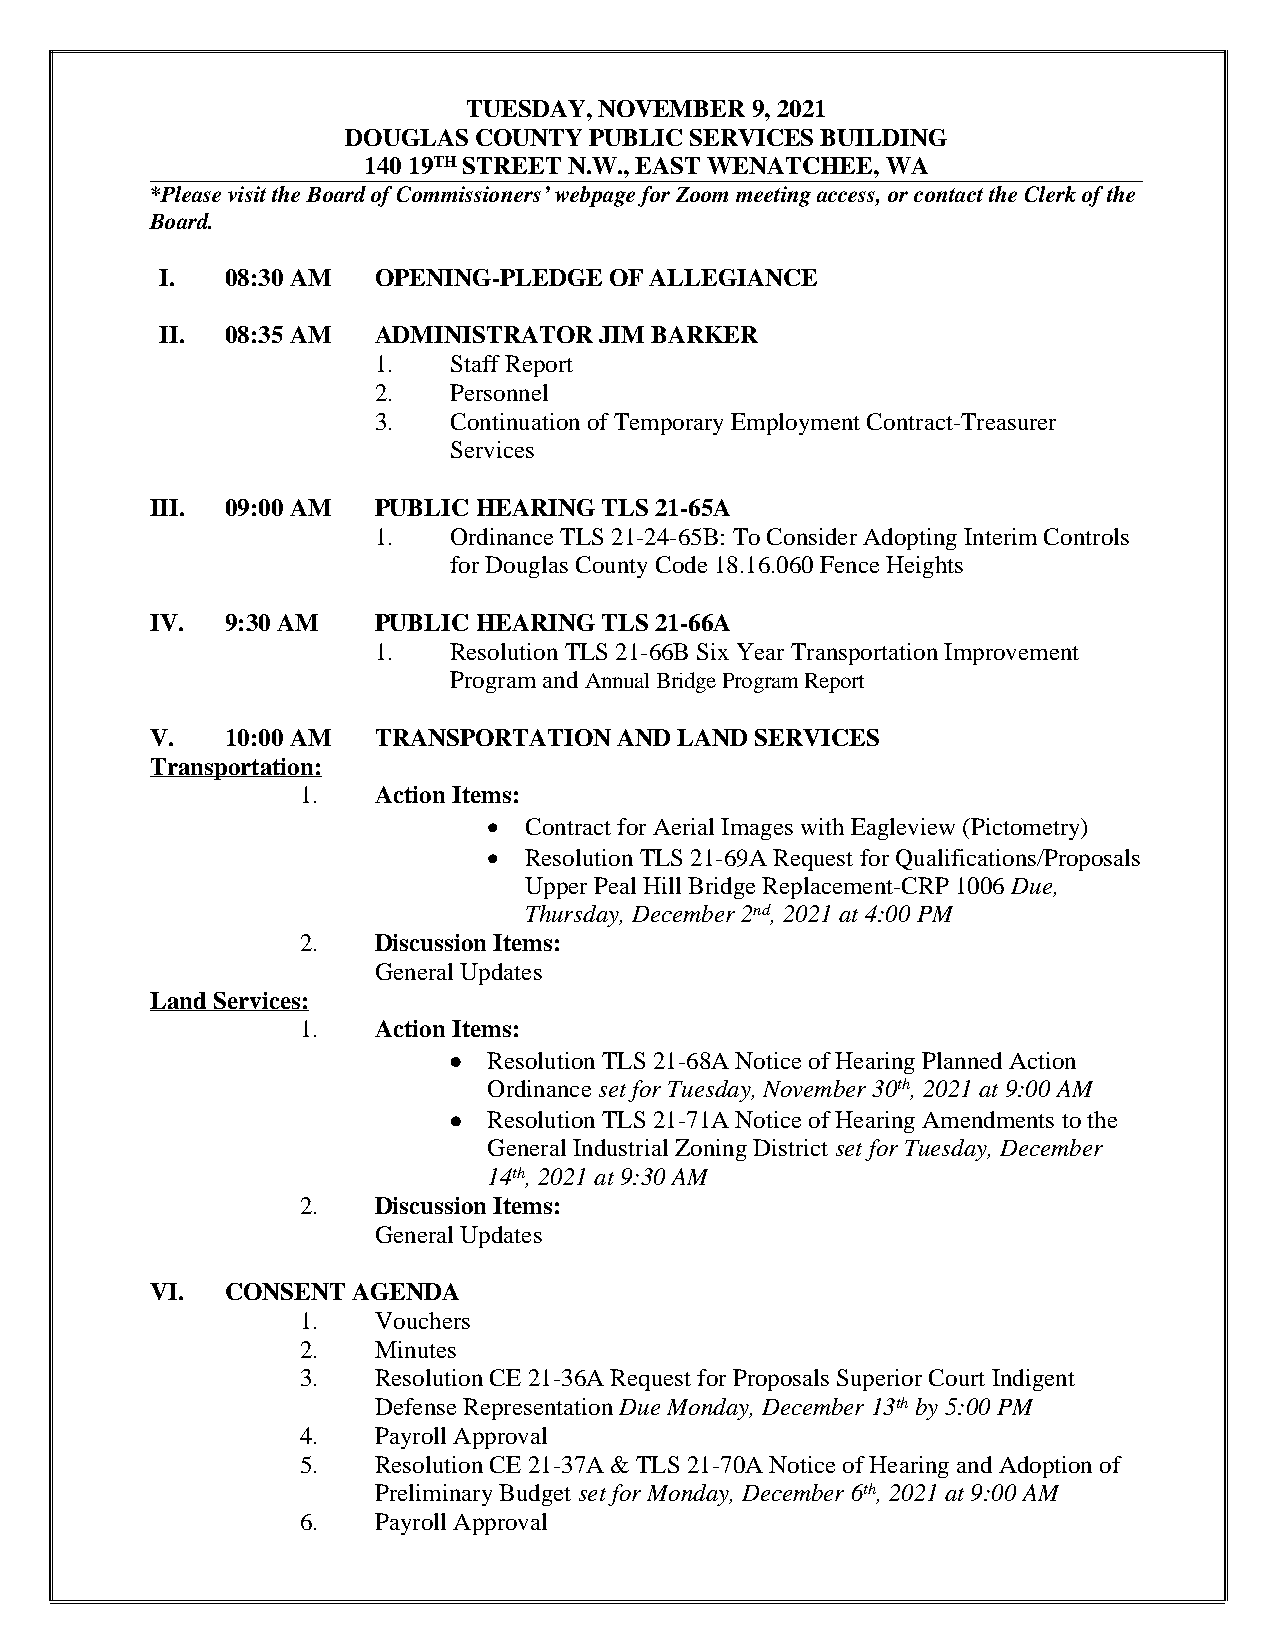
TUESDAY, NOVEMBER  9, 2021
 DOUGLAS COUNTY  PUBLIC SERVICES BUILDING
 140 19TH STREET N.W., EAST WENATCHEE, WA
 *Please visit the Board of Commissioners’ webpage for Zoom meeting access, or contact the Clerk of the
 Board.
 I.  08:30 AM  OPENING-PLEDGE OF ALLEGIANCE
 II. 08:35 AM  ADMINISTRATOR  JIM BARKER
 1.   Staff Report
 2.   Personnel
 3.   Continuation of Temporary Employment Contract-Treasurer
 Services
 III. 09:00 AM  PUBLIC HEARING TLS 21-65A
 1.   Ordinance TLS 21-24-65B: To Consider Adopting Interim Controls
 for Douglas County Code 18.16.060 Fence Heights
 IV.  9:30 AM   PUBLIC HEARING TLS 21-66A
 1.   Resolution TLS 21-66B Six Year Transportation Improvement
 Program and Annual Bridge Program Report
 V.   10:00 AM  TRANSPORTATION  AND LAND SERVICES
 Transportation:
 1.   Action Items:
   Contract for Aerial Images with Eagleview (Pictometry)
   Resolution TLS 21-69A Request for Qualifications/Proposals
 Upper Peal Hill Bridge Replacement-CRP 1006 Due,
 Thursday, December 2nd, 2021 at 4:00 PM
 2.   Discussion Items:
 General Updates
 Land Services:
 1.   Action Items:
  Resolution TLS 21-68A Notice of Hearing Planned Action
 Ordinance set for Tuesday, November 30th, 2021 at 9:00 AM
  Resolution TLS 21-71A Notice of Hearing Amendments to the
 General Industrial Zoning District set for Tuesday, December
 14th, 2021 at 9:30 AM
 2.   Discussion Items:
 General Updates
 VI.  CONSENT AGENDA
 1.   Vouchers
 2.   Minutes
 3.   Resolution CE 21-36A Request for Proposals Superior Court Indigent
 Defense Representation Due Monday, December 13th by 5:00 PM
 4.   Payroll Approval
 5.   Resolution CE 21-37A & TLS 21-70A Notice of Hearing and Adoption of
 Preliminary Budget set for Monday, December 6th, 2021 at 9:00 AM
 6.   Payroll Approval